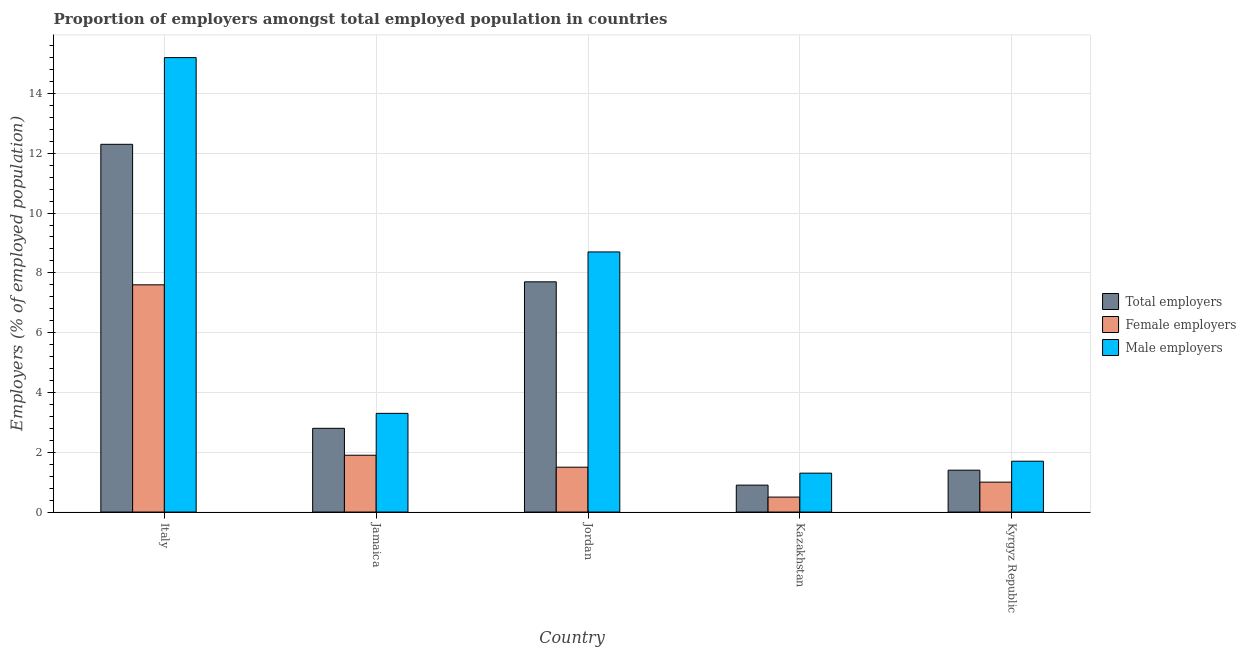
| Country | Total employers | Female employers | Male employers |
 | --- | --- | --- | --- |
 | Italy | 12.3 | 7.6 | 15.2 |
 | Jamaica | 2.8 | 1.9 | 3.3 |
 | Jordan | 7.7 | 1.5 | 8.7 |
 | Kazakhstan | 0.9 | 0.5 | 1.3 |
 | Kyrgyz Republic | 1.4 | 1 | 1.7 |